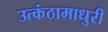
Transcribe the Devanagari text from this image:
उत्कंठामाधुरी